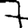
Digit: 7